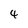
Character: 4